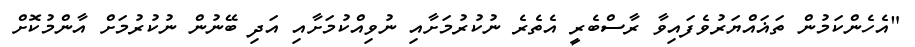
"އެހެންކަމުން ތަޣައްޔަރުވެފައިވާ ރާސްބެރީ އެތެރެ ނުކުރުމަށާއި ނުވިއްކުމަށާއި އަދި ބޭނުން ނުކުރުމަށް އާންމުކޮށް